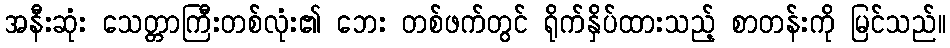
အနီးဆုံး သေတ္တာကြီးတစ်လုံး၏ ဘေး တစ်ဖက်တွင် ရိုက်နှိပ်ထားသည့် စာတန်းကို မြင်သည်။